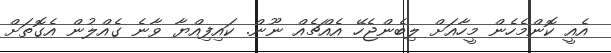
އެއީ ކޮންމެހެން މީހާއަށް ލިބެންޖެހޭ އެއްޗެއް ނޫން. ކައިފިއްޔާ ވާނެ ގެއްލުން އެގޮތަށް